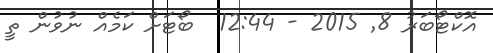
އޮކްޓޯބަރު 8